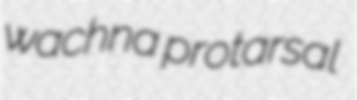
wachna protarsal